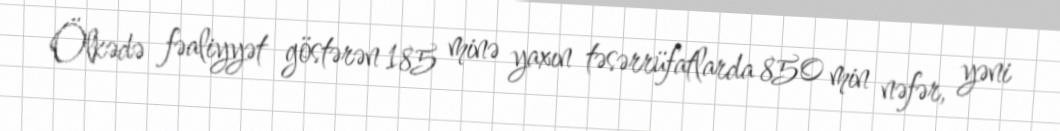
Ölkədə fəaliyyət göstərən 185 minə yaxın təsərrüfatlarda 850 min nəfər, yəni